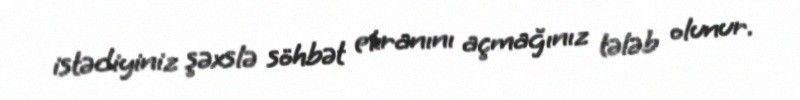
istədiyiniz şəxslə söhbət ekranını açmağınız tələb olunur.